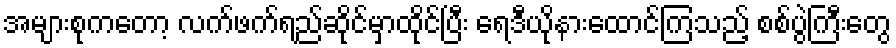
အများစုကတော့ လက်ဖက်ရည်ဆိုင်မှာထိုင်ပြီး ရေဒီယိုနားထောင်ကြသည့် စစ်ပွဲကြီးတွေ